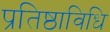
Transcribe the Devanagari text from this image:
प्रतिष्ठाविधि